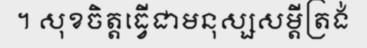
។ សុខចិត្តធ្វើជាមនុស្សសម្តីត្រង់